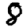
Digit: 8